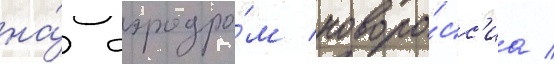
на́ аэродро́м новоро́сс'иа /